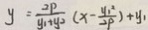
y = \frac { 2 P } { y _ { 1 } + y ^ { 2 } } ( x - \frac { y _ { 1 } ^ { 2 } } { 2 p } ) + y _ { 1 }